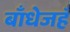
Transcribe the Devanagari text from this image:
बाँधेजहँ